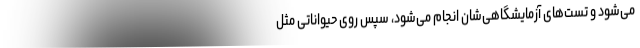
می‌شود و تست‌های آزمایشگاهی‌شان انجام می‌شود، سپس روی حیواناتی مثل